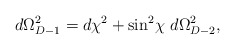
\begin{align*}d\Omega_{D-1}^2 = d\chi^2 + \sin^2\! \chi~d\Omega_{D-2}^2,\end{align*}